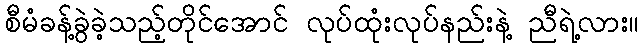
စီမံခန့်ခွဲခဲ့သည့်တိုင်အောင် လုပ်ထုံးလုပ်နည်းနဲ့ ညီရဲ့လား။